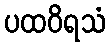
ပထဝိရသံ